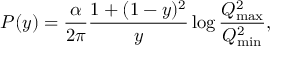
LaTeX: P ( y ) = { \frac { \alpha } { 2 \pi } } { \frac { 1 + ( 1 - y ) ^ { 2 } } { y } } \log { \frac { Q _ { \mathrm { m a x } } ^ { 2 } } { Q _ { \mathrm { m i n } } ^ { 2 } } } ,